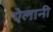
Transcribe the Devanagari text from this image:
ऐलानी